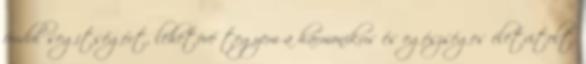
fordul segítségért, lehetõvé tegyem a harmonikus és egészséges életvitelt.